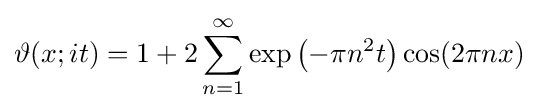
\vartheta (x;it)=1+2\sum _{n=1}^{\infty }\exp \left(-\pi n^{2}t\right)\cos(2\pi nx)